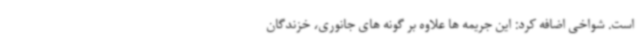
است. شواخی اضافه کرد: این جریمه ها علاوه بر گونه های جانوری‌، خزندگان‌